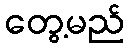
တွေ့မည်